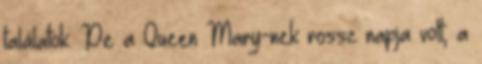
találatok. De a Queen Mary-nek rossz napja volt; a